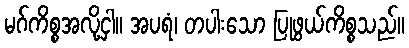
မဂ်ကိစ္စအလို့ငှါ။ အပရံ၊ တပါးသော ပြုဖွယ်ကိစ္စသည်။